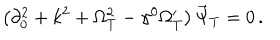
\left( \partial _ { 0 } ^ { 2 } + k ^ { 2 } + \Omega _ { T } ^ { 2 } - \gamma ^ { 0 } \Omega _ { T } ^ { \prime } \right) \vec { \Psi } _ { T } = 0 \, .